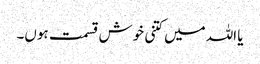
یا اللہ میں کتنی خوش قسمت ہوں۔